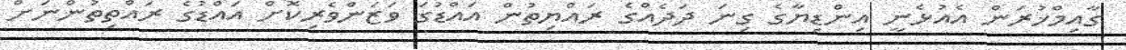
ގާއިމްޚުރަން އެއުޅެނީ އިންޑިޔާގެ ގިނަ ދަދެއްގެ ރައްޔިތުން އައްޑުގަ ވަޒަންވެރިކޮށް އައްޑުގެ ރައްތިތުންނަށް